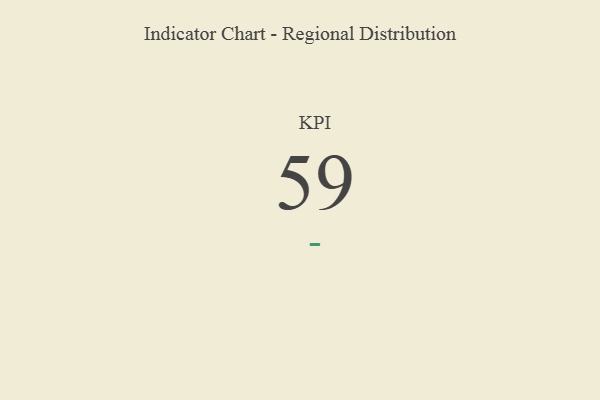
{"axis": {"x": "KPI", "y": "Value"}, "legend": [""], "data": [{"x": "KPI", "y": 59, "type": ""}]}